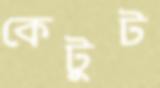
কেটুট